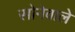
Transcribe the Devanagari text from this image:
सोनेवाले